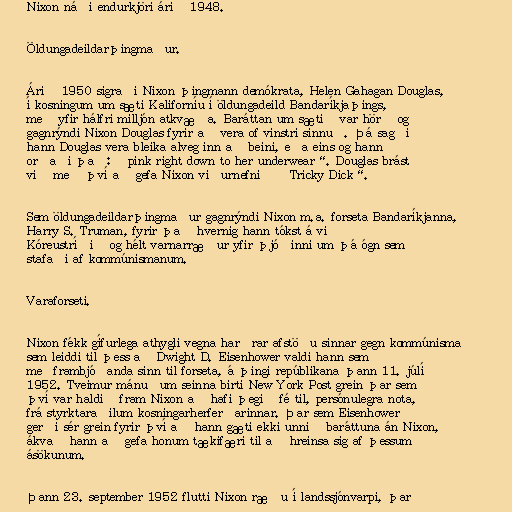
Nixon náði endurkjöri árið 1948.

Öldungadeildarþingmaður.

Árið 1950 sigraði Nixon þingmann demókrata, Helen Gahagan Douglas,
í kosningum um sæti Kaliforníu í öldungadeild Bandaríkjaþings,
með yfir hálfri milljón atkvæða. Baráttan um sætið var hörð og
gagnrýndi Nixon Douglas fyrir að vera of vinstri sinnuð. Þá sagði
hann Douglas vera bleika alveg inn að beini, eða eins og hann
orðaði það: „pink right down to her underwear“. Douglas brást
við með því að gefa Nixon viðurnefnið „Tricky Dick“.

Sem öldungadeildarþingmaður gagnrýndi Nixon m.a. forseta Bandaríkjanna,
Harry S. Truman, fyrir það hvernig hann tókst á við
Kóreustríðið og hélt varnarræður yfir þjóðinni um þá ógn sem
stafaði af kommúnismanum.

Varaforseti.

Nixon fékk gífurlega athygli vegna harðrar afstöðu sinnar gegn kommúnisma
sem leiddi til þess að Dwight D. Eisenhower valdi hann sem
meðframbjóðanda sinn til forseta, á þingi repúblikana þann 11. júlí
1952. Tveimur mánuðum seinna birti New York Post grein þar sem
því var haldið fram Nixon að hafi þegið fé til, persónulegra nota,
frá styrktaraðilum kosningarherferðarinnar. Þar sem Eisenhower
gerði sér grein fyrir því að hann gæti ekki unnið baráttuna án Nixon,
ákvað hann að gefa honum tækifæri til að hreinsa sig af þessum
ásökunum.

Þann 23. september 1952 flutti Nixon ræðu í landssjónvarpi, þar